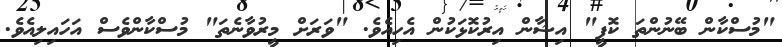
"މުސްކާން ބޭނުންތަ ކޮފީ" އިޝާން އިރުކޮޅަކުން އެހިއެވެ. "ވަރަށް މީރުވާނެތަ" މުސްކާންވެސް އަހައިލިއެވެ.